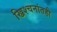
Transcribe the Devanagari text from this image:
ख्रिश्चनांतही